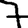
Digit: 7